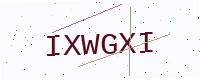
Text: IXWGXI